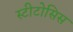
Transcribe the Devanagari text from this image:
स्टीटोसिस